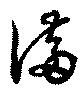
満